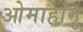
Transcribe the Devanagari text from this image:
ओमाहांगू